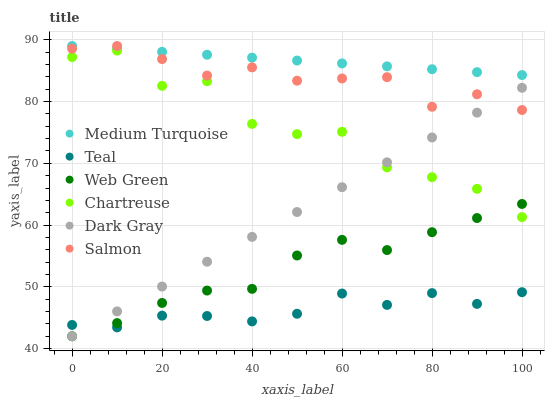
| xaxis_label | Medium Turquoise | Teal | Web Green | Chartreuse | Dark Gray | Salmon |
 | --- | --- | --- | --- | --- | --- | --- |
 | 0 | 89 | 43.8 | 42 | 87.2 | 42 | 88.6 |
 | 10 | 88.5 | 43.4 | 44.1 | 88.3 | 46 | 89 |
 | 20 | 88.1 | 45.3 | 47.4 | 82.6 | 50 | 86.9 |
 | 30 | 87.6 | 45.3 | 49.4 | 83.3 | 54.1 | 84.2 |
 | 40 | 87.1 | 44.4 | 49.7 | 76.4 | 58.1 | 85.5 |
 | 50 | 86.6 | 45.6 | 55.1 | 74.7 | 62.1 | 83.4 |
 | 60 | 86.2 | 48.9 | 57.6 | 75.1 | 66.1 | 83.7 |
 | 70 | 85.7 | 47.1 | 56 | 69.3 | 70.2 | 84 |
 | 80 | 85.2 | 49 | 58.8 | 67.8 | 74.2 | 79.2 |
 | 90 | 84.8 | 47.2 | 61.1 | 65.9 | 78.2 | 81.2 |
 | 100 | 84.3 | 49.1 | 63.4 | 61.3 | 82.2 | 78.6 |